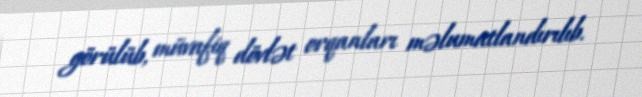
görülüb, müvafiq dövlət orqanları məlumatlandırılıb.